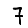
Digit: 7